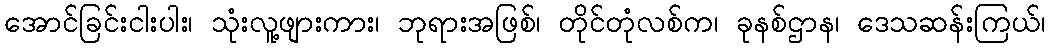
အောင်ခြင်းငါးပါး၊ သုံးလူ့ဖျားကား၊ ဘုရားအဖြစ်၊ တိုင်တုံလစ်က၊ ခုနစ်ဌာန၊ ဒေသဆန်းကြယ်၊